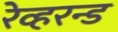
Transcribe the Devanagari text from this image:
रेव्हरन्ड